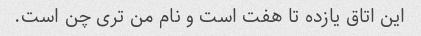
این اتاق یازده تا هفت است و نام من تری چن است.